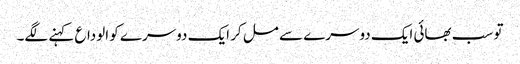
تو سب بھائی ایک دوسرے سے مل کر ایک دوسرے کو الوداع کہنے لگے۔